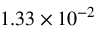
1 . 3 3 \times 1 0 ^ { - 2 }